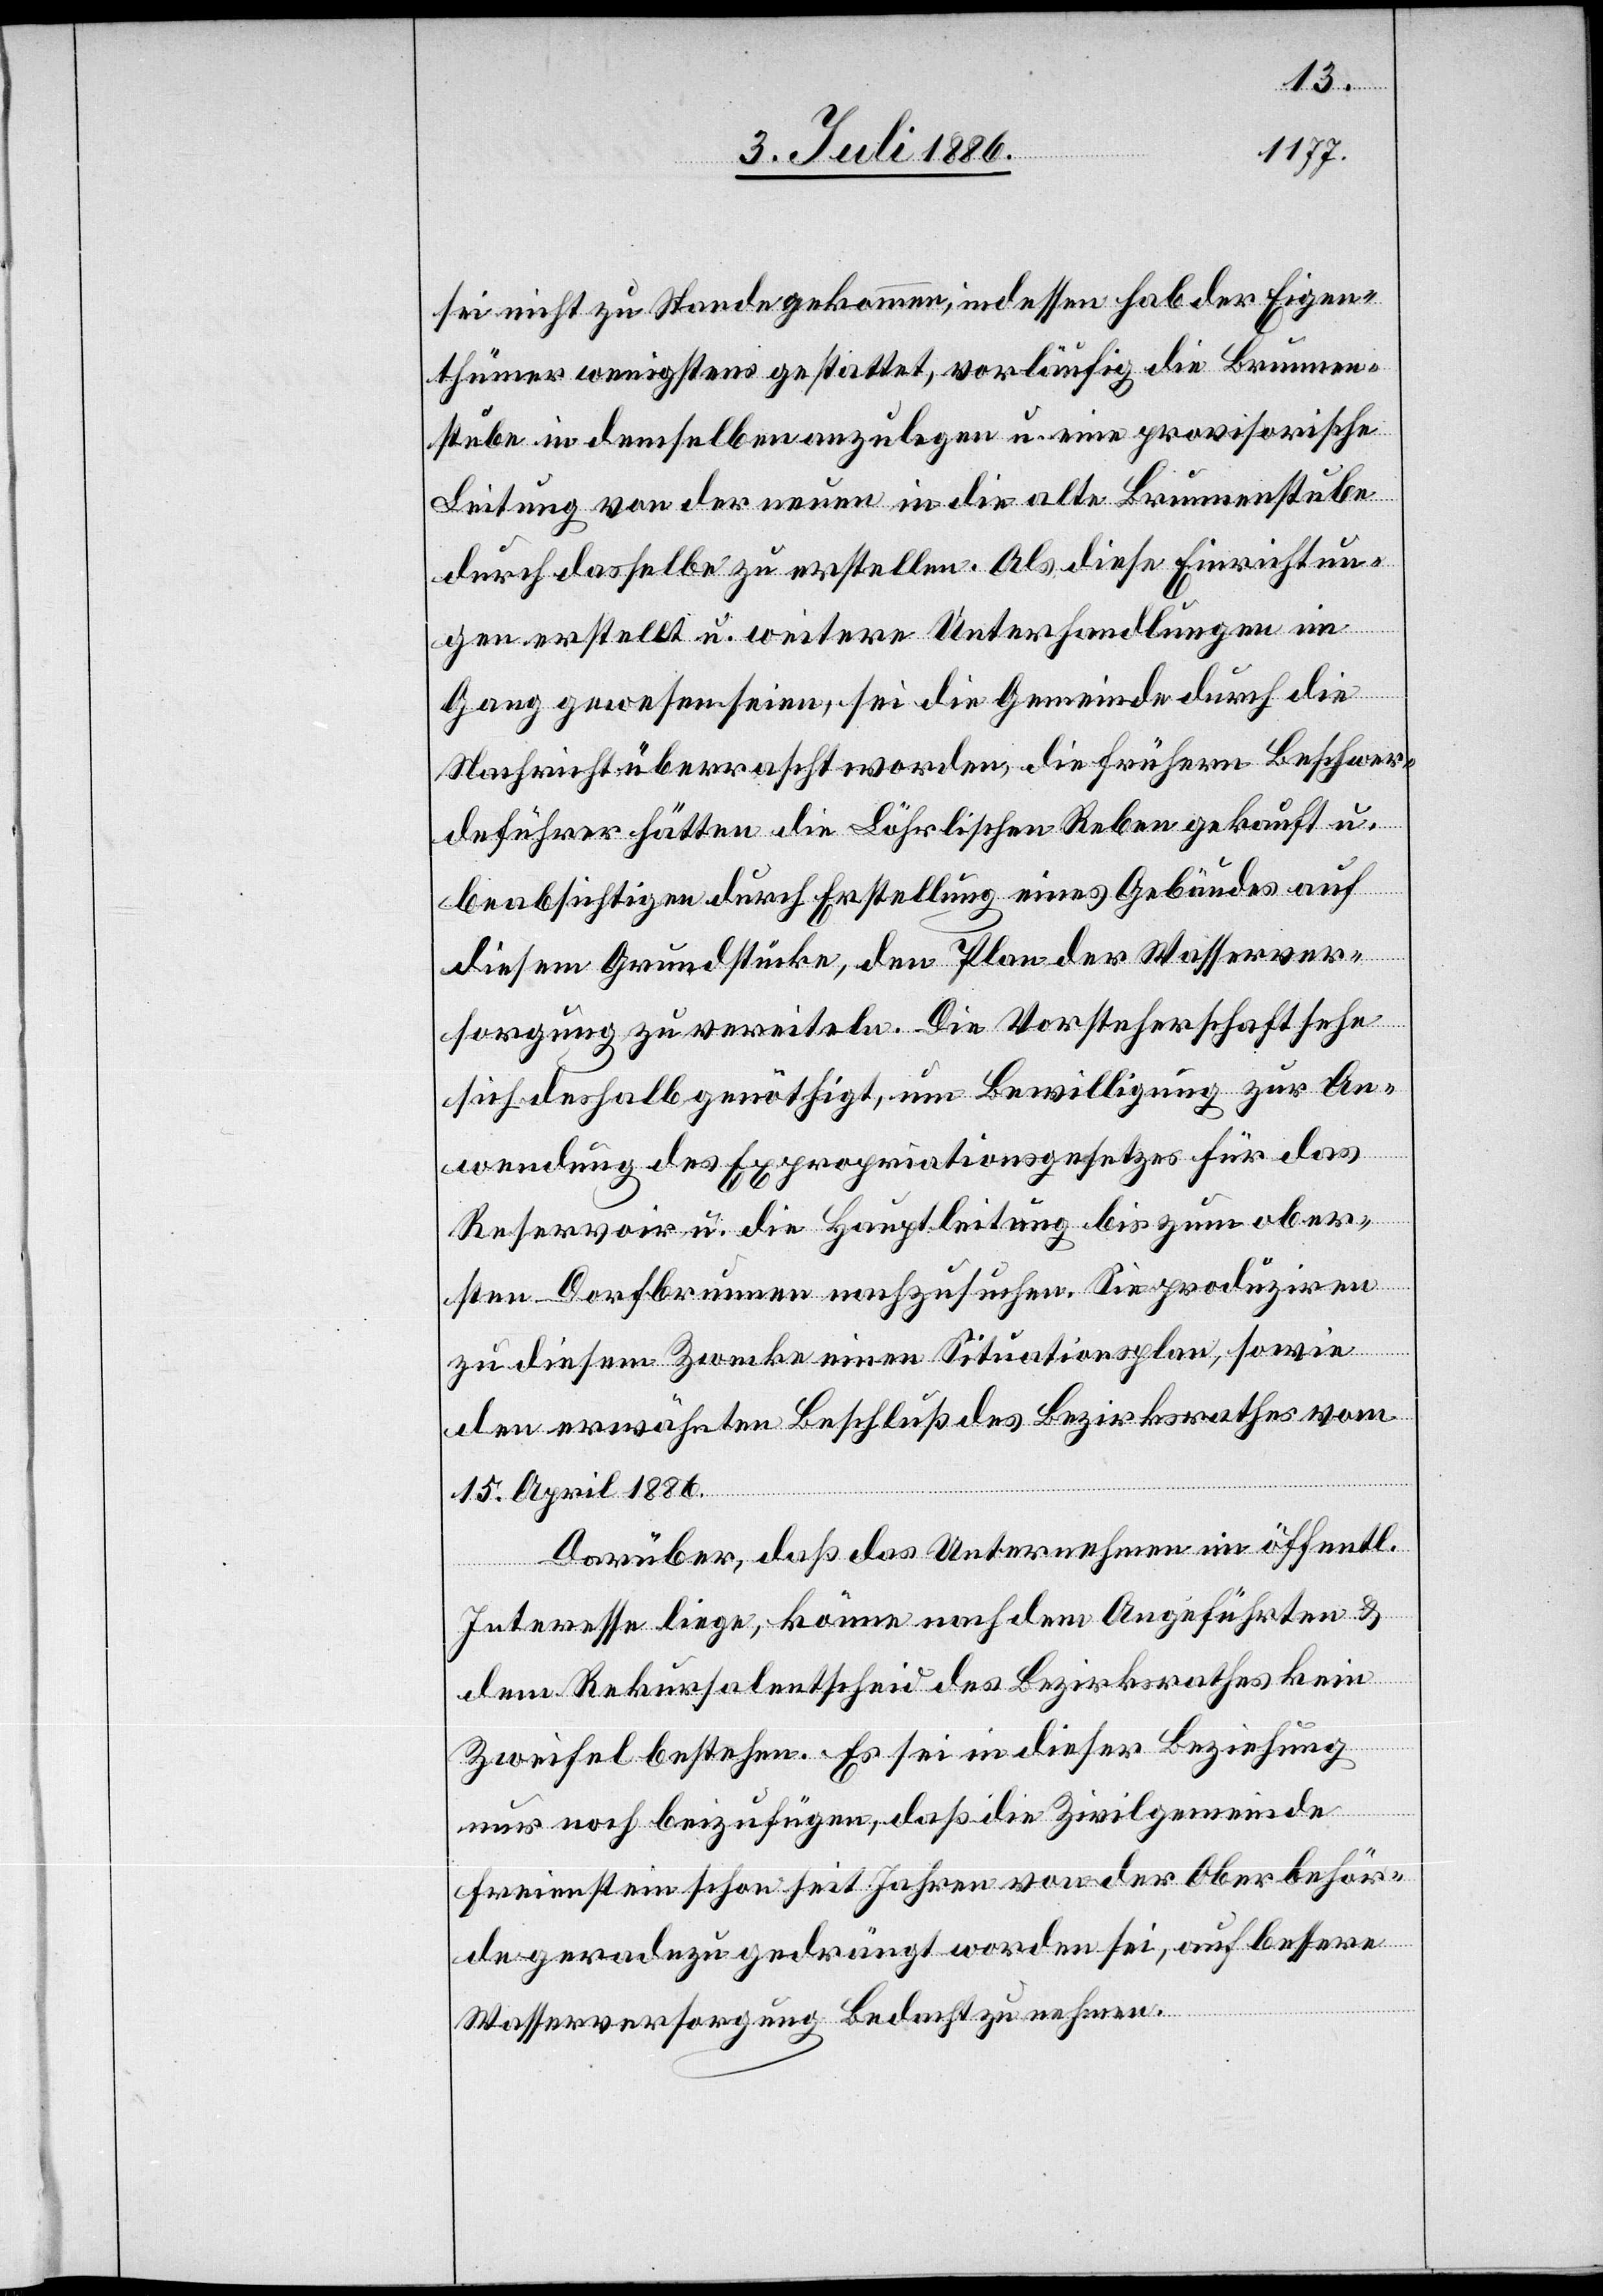
sei nicht zu Stande gekommen, indessen hab[e] der Eigen¬
thümer wenigstens gestattet, vorläufig die Brunnen¬
stube in demselben anzulegen u. eine provisorische
Leitung von der neuen in die alte Brunnenstube
durch dasselbe zu erstellen. Als diese Einrichtun¬
gen erstellt u. weitere Unterhandlungen im
Gang gewesen seien, sei die Gemeinde durch die
Nachricht überrascht worden, die frühern Beschwer¬
deführer hätten die Löhrlischen Reben gekauft u.
beabsichtigen durch Erstellung eines Gebäudes auf
diesem Grundstücke, den Plan der Wasserver¬
sorgung zu vereiteln. Die Vorsteherschaft sehe
sich deshalb genöthigt, um Bewilligung zur An¬
wendung des Expropriationsgesetzes für das
Reservoir u. die Hauptleitung bis zum ober¬
sten Dorfbrunnen nachzusuchen. Sie produziren
zu diesem Zwecke einen Situationsplan, sowie
den erwähnten Beschluß des Bezirksrathes vom
chen
15. April 1886.
Darüber, daß das Unternehmen im öffentli¬
Interesse liege, könne nach dem Angeführten &
dem Rekursalentscheid des Bezirksrathes kein
Zweifel bestehen. Es sei in dieser Beziehung
nur noch beizufügen, daß die Zivilgemeinde
Freienstein schon seit Jahren von der Oberbehör¬
de geradezu gedrängt worden sei, auf bessere
Wasserversorgung Bedacht zu nehmen.